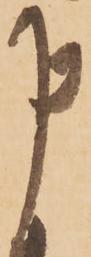
申